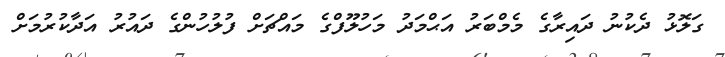
ގަލޮޅު ދެކުނު ދައިރާގެ މެމްބަރު އަޙްމަދު މަހުލޫފްގެ މައްޗަށް ފުލުހުންގެ ދައުރު އަދާކުރުމަށް